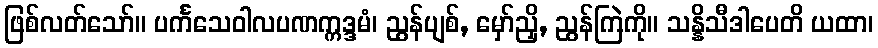
ဖြစ်လတ်သော်။ ပင်္ကသေဝါလပဏက္ကဒ္ဒမံ၊ ညွန်ပျစ်, မှော်ညှိ, ညွန်ကြဲကို။ သန္နိသီဒါပေတိ ယထာ၊